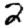
Digit: 2